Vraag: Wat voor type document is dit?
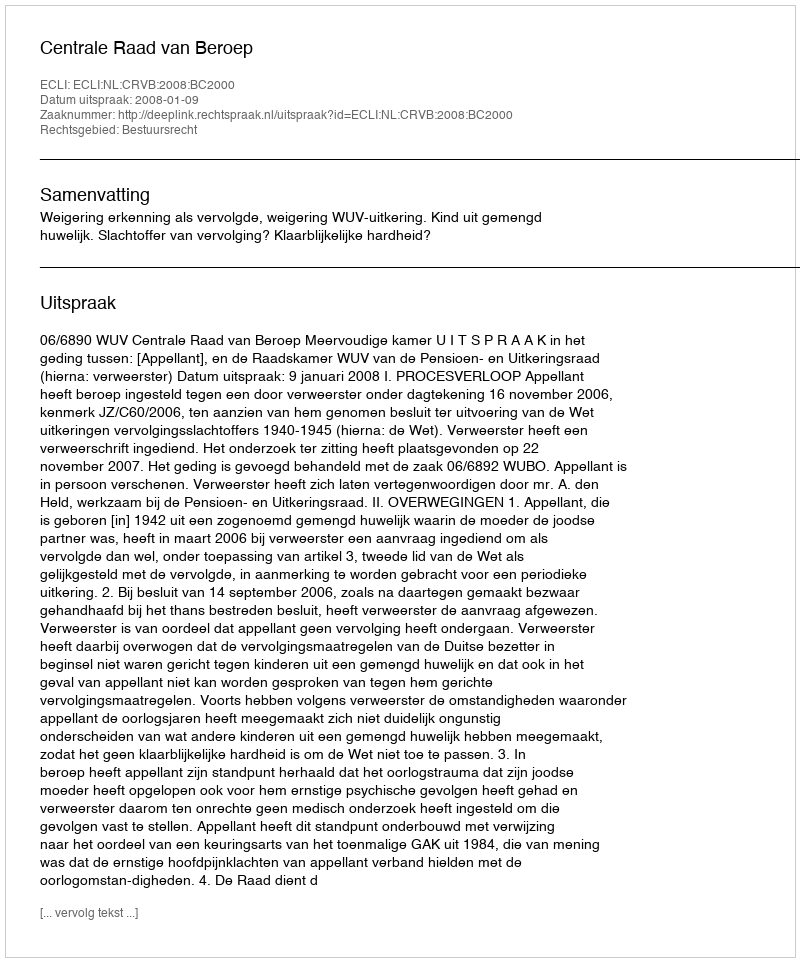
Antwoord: Uitspraak